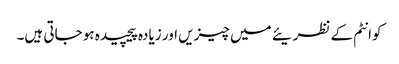
کوانٹم کے نظریئے میں چیزیں اور زیادہ پیچیدہ ہو جاتی ہیں۔